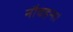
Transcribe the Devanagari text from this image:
नौवहन।